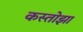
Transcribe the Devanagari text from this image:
कस्तोझा